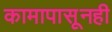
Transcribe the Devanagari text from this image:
कामापासूनही